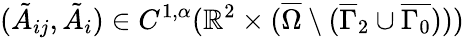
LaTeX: (\tilde{A}_{ij},\tilde{A}_{i})\in C^{1,\alpha}(\mathbb{R}^{2}\times(\overline{{\Omega}}\setminus(\overline{{\Gamma}}_{2}\cup\overline{{\Gamma_{0}}})))